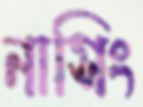
নাসিং